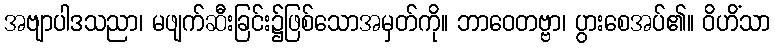
အဗျာပါဒသညာ၊ မဖျက်ဆီးခြင်း၌ဖြစ်သောအမှတ်ကို။ ဘာဝေတဗ္ဗာ၊ ပွားစေအပ်၏။ ဝိဟိံသာ